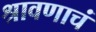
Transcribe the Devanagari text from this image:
श्रावणाचं